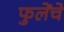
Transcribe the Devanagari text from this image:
फुलेंचे